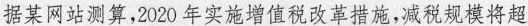
据某网站测算，2020年实施增值税改革措施，减税规模将超